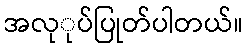
အလုုပ်ပြုတ်ပါတယ်။